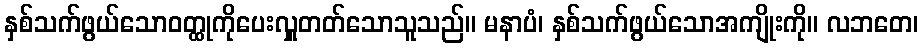
နှစ်သက်ဖွယ်သောဝတ္ထုကိုပေးလှူတတ်သောသူသည်။ မနာပံ၊ နှစ်သက်ဖွယ်သောအကျိုးကို။ လဘတေ၊